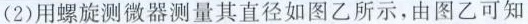
(2)用螺旋测微器测量其直径如图乙所示，由图乙可知